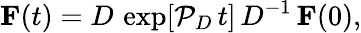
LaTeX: \mathbf{F}(t)=D\, \exp[\mathcal{P}_{D}\, t]\, D^{-1}\, \mathbf{F}(0),